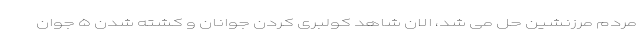
مردم مرزنشین حل می شد، الان شاهد کولبری کردن جوانان و کشته شدن ۵ جوان